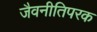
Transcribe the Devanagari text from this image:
जैवनीतिपरक